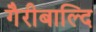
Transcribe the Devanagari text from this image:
गैरीबाल्दि